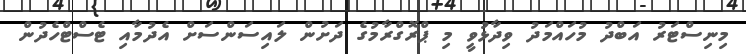
މިނިސްޓަރު އަބްދު މުހައްމަދު ވިދާޅުވީ މި ޕްރޮގްރާމުގެ ދަށުން ލައިސަންސަށް އެދުމާއި ޓެސްޓްހެދުން